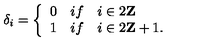
\delta _ { i } = \left\{ \begin{array} { l l } { 0 } & { i f \quad i \in 2 { \bf Z } } \\ { 1 } & { i f \quad i \in 2 { \bf Z } + 1 . } \\ \end{array} \right.